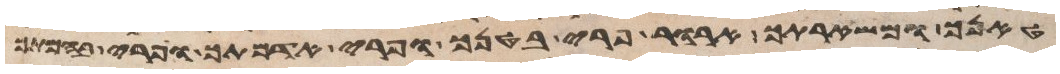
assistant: טנאך ומשארתך ארור פרי בטנך ופרי אדמתך ופרי בהמתך